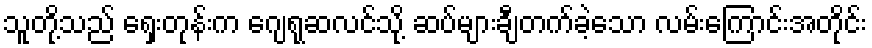
သူတို့သည် ရှေးတုန်းက ဂျေရုဆလင်သို့ ဆပ်များချီတက်ခဲ့သော လမ်းကြောင်းအတိုင်း